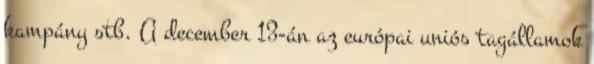
kampány stb. A december 13-án az európai uniós tagállamok